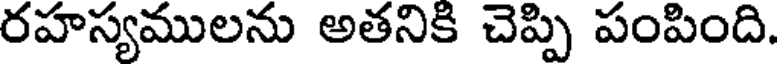
రహస్యములను అతనికి చెప్పి పంపింది.